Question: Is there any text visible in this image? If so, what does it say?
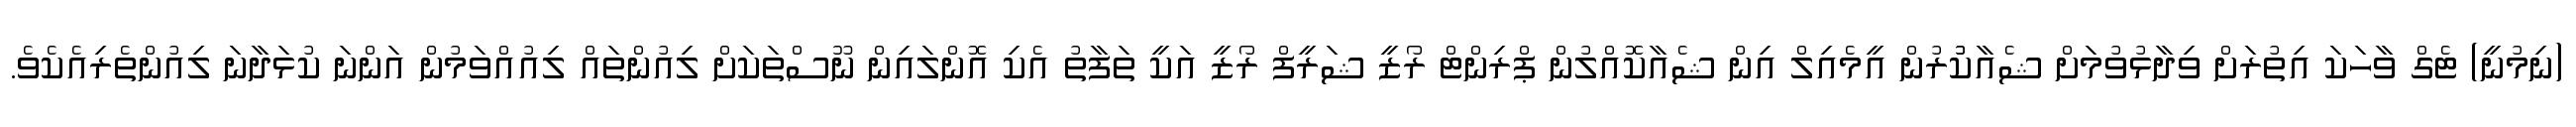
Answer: (ނިމުނީ) ޓެގް ވާހަކަ އިތުރަށް ވިދާޅުވުމަށް ޝެއާކުުރުން އީމެއިލް އިން ޝެއާކޮއްލުން ޕްރިންޓް ރޯޒީ ޝަރީފް ރޯޒީ އަކީ ތަފާތު އެކި އޮންލައިން ނޫސްތަކަށް ލިއުންތައް ލިއުއްވަމުން އަންނަ ކުޅަދާނަ ލިއުންތެރިއެކެވެ.